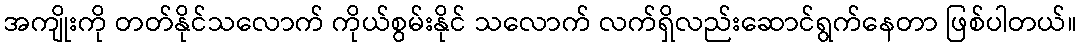
အကျိုးကို တတ်နိုင်သလောက် ကိုယ်စွမ်းနိုင် သလောက် လက်ရှိလည်းဆောင်ရွက်နေတာ ဖြစ်ပါတယ်။